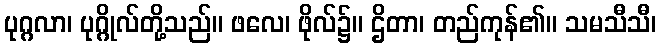
ပုဂ္ဂလာ၊ ပုဂ္ဂိုလ်တို့သည်။ ဖလေ၊ ဖိုလ်၌။ ဌိတာ၊ တည်ကုန်၏။ သမသီသီ၊